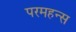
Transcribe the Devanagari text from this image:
परमहन्स